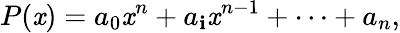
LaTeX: P(\mathit{x})=a_{0}\mathit{x}^{n}+a_{\mathbf{i}}\mathit{x}^{n-1}+\cdots+a_{n},